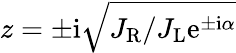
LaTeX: z=\pm\mathrm{i}\sqrt{J_{\mathrm{R}}/J_{\mathrm{L}}\mathrm{e}^{\pm\mathrm{i}\alpha}}